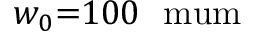
w _ { 0 } { = } 1 0 0 \ \mathrm { \ m u m }